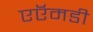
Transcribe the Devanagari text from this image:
एऍमडी